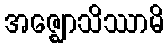
အဇ္ဈောသိဿာမိ